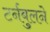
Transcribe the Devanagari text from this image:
टर्नबुलने